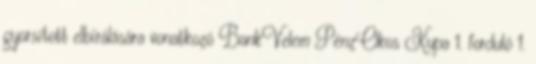
gyorsított elbírálására vonatkozó BankVelem PénzOkos Kupa 1. forduló 1.